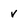
Character: v